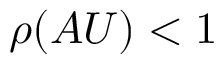
\rho ( A U ) < 1